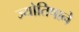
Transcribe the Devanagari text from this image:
ज्योतिषाने